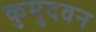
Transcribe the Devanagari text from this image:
कुमुदवन